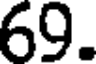
69.